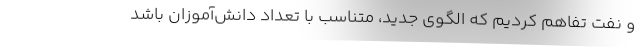
و نفت تفاهم کردیم که الگوی جدید، متناسب با تعداد دانش‌آموزان باشد